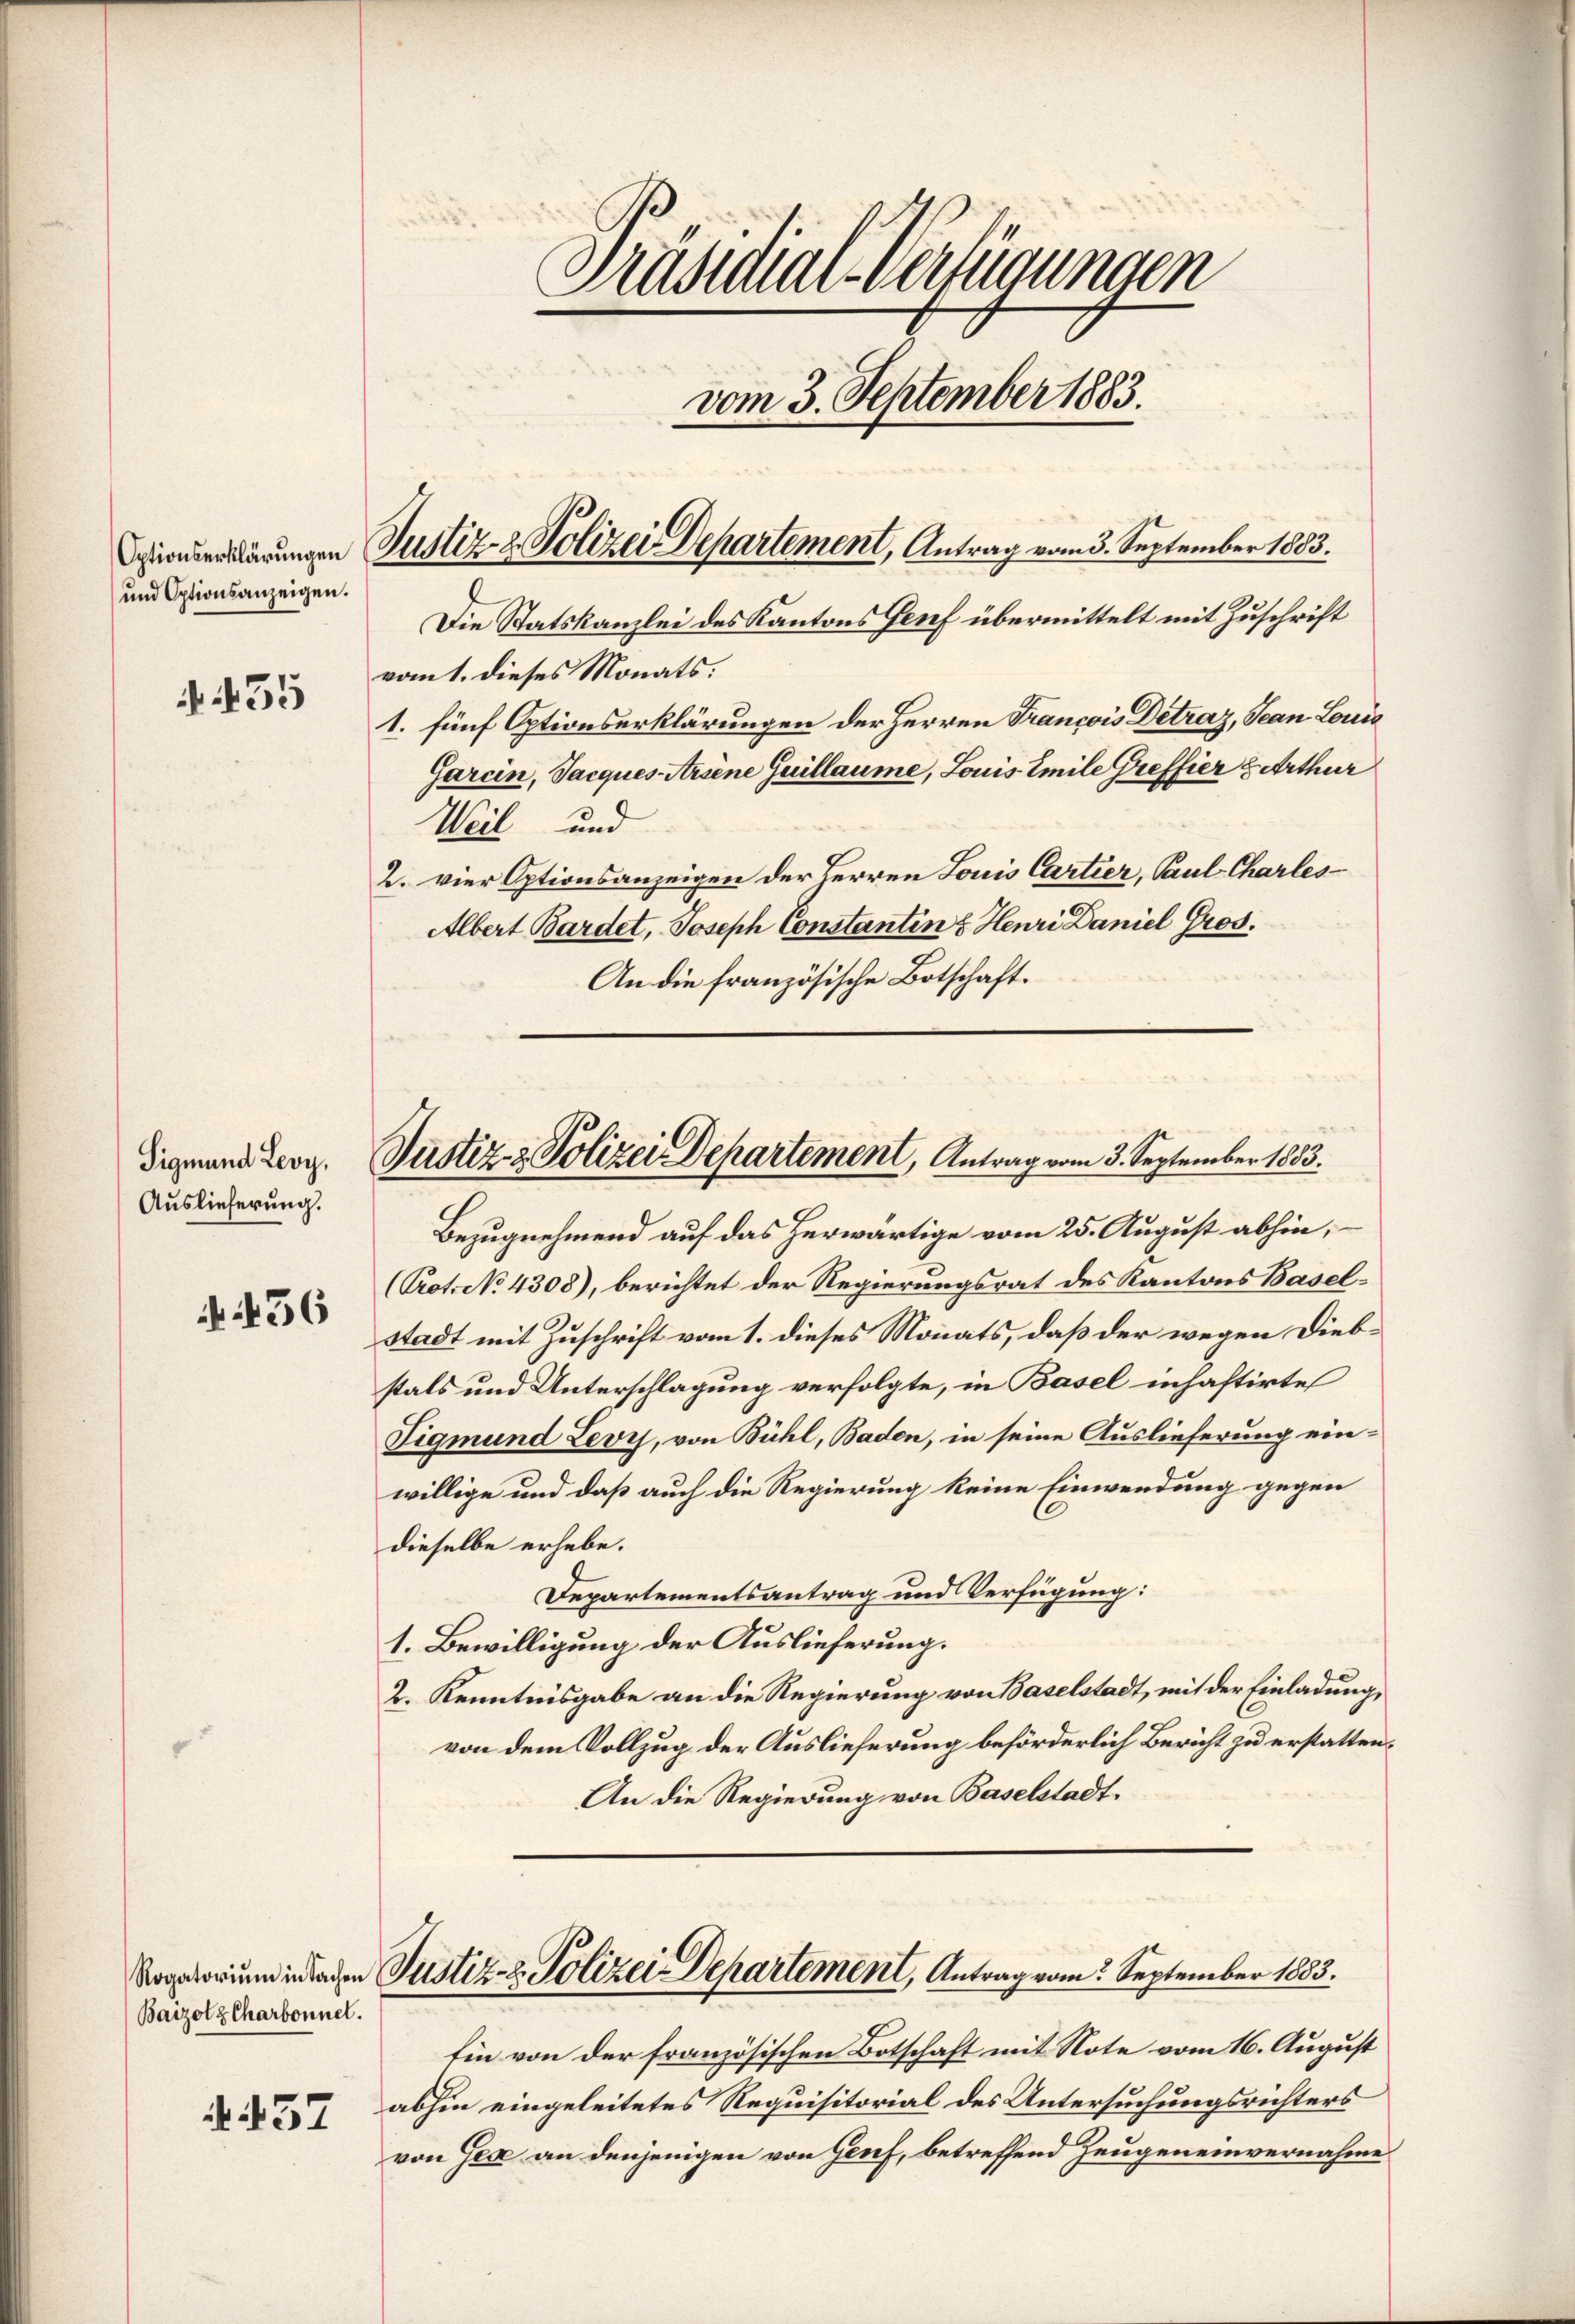
und Optionsanzeigen.

55

Sigmund Levy,
Auslieferung.

456

Baizolz Charbonnel.

A. 457

Präsidial-Verfügungen
vom 3. September 1883.

Die Statskanzlei des Kantons Genf übermittelt mit Zuschrift
vom 1. dieses Monats.
1. fünf Optionserklärungen der Herren Francois Detraz, Jean Louis
Garein, Sacques-Arsene Guillaume, Louis Emile Greffier erthur
Weil und
2. vier Optionsanzeigen der Herren Louis Cartier, Paul Charles
Albert Bardet, Joseph Constantin & Henri Daniel Gros.
An die französische Botschaft.

Apianerklärungen Justiz- & Polizei Departement, Antrag vom 3. September 1883.

Justiz- & Polizei Departement, Antrag vom 3. September 1883.

Bezugnehmend auf das herwärtige vom 25. August abhin,
(Prot. No. 4308), berichtet der Regierungsrat des Kantons Baselstadt mit Zuschrift vom 1. dieses Monats, daß der wegen Diebstals und Unterschlagung verfolgte, in Basel inhaftirte
Tigmund Levy, von Bühl, Baden, in seine Auslieferung ein-
willige und daß auch die Regierung keine Einwendung gegen
dieselbe erhebe.
Departementsantrag und Verfügung:
1. Bewilligung der Auslieferung.
2. Kenntnisgabe an die Regierung von Baselstadt, mit der Einladung,
von dem Vollzug der Auslieferung beförderlich Bericht zu erstatten¬
An die Regierung von Baselstadt.
Rogatorium in Sachen Justiz- & Polizei-Departement, Antrag vom September 1883.
Ein von der französischen Botschaft mit Note vom 16. August
abhin eingeleitetes Requisitorial des Untersuchungsrichters
von Jex an denjenigen von Genf, betreffend Zeugeneinvernahme